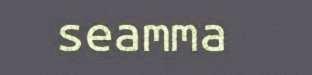
seamma